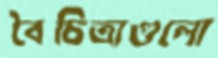
বৈচিত্র্যগুলো